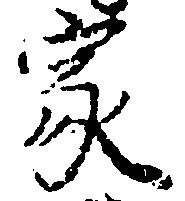
家